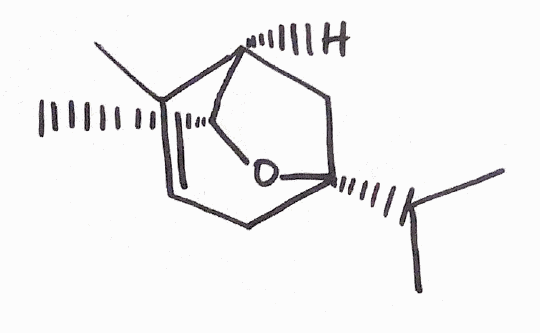
Simplified molecular-input line-entry system (SMILES) notation of the given molecule:
C[C@@H]1[C@@H]2C[C@](O1)(CC=C2C)C(C)C